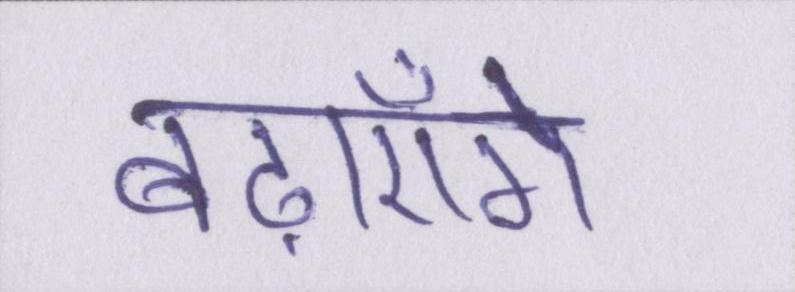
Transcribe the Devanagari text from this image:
बढ़ाएँगे